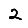
Digit: 2